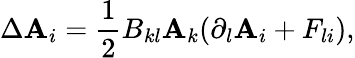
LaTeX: \Delta\mathbf{A}_{i}=\frac{{1}}{{2}}B_{kl}\mathbf{A}_{k}(\partial_{l}\mathbf{A}_{i}+F_{li}),